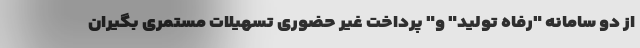
از دو سامانه "رفاه تولید" و" پرداخت غیر حضوری تسهیلات مستمری بگیران